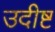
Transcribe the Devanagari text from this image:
उदीष्ट